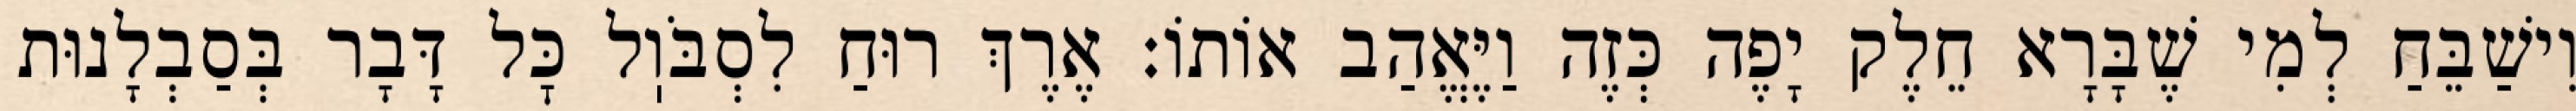
וִישַׁבֵּחַ לְמִי שֶׁבָּרָא חֵלֶק יָפֶה כְּזֶה וַיֶּאֱהַב אוֹתוֹ: אֶרֶךְ רוּחַ לִסְבֹּוֽל כׇּל דָּבָר בְּסַבְלָנוּת